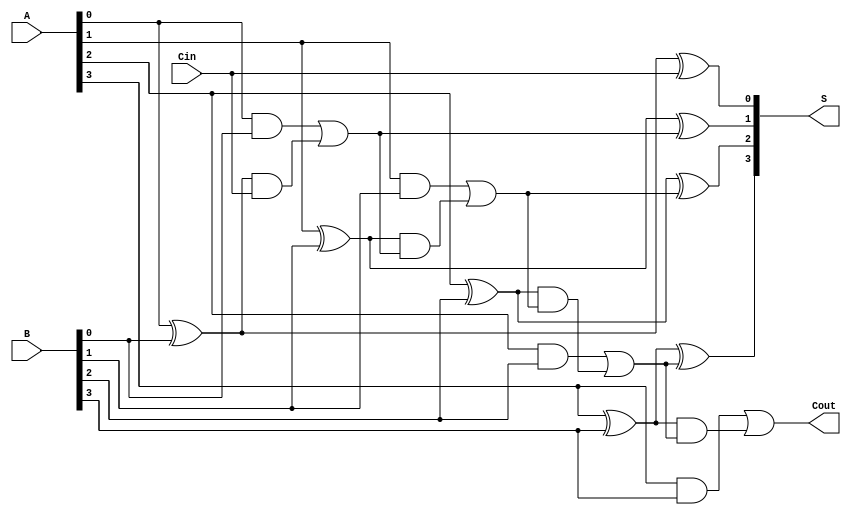
module RCLA #(parameter n = 4) (
    input  [n-1:0] A,      // n-bit input A
    input  [n-1:0] B,      // n-bit input B
    input          Cin,     // Carry-in
    output [n-1:0] S,      // n-bit Sum output
    output         Cout     // Carry-out
);

    // Generate and propagate signals
    wire [n-1:0] G;  // Generate signals
    wire [n-1:0] P;  // Propagate signals
    wire [n:0] C;    // Carry signals

    // Generate and propagate calculations
    genvar i;
    generate
        for (i = 0; i < n; i = i + 1) begin : gen_prop
            assign G[i] = A[i] & B[i];      // Gi = Ai AND Bi
            assign P[i] = A[i] ^ B[i];      // Pi = Ai XOR Bi
        end
    endgenerate

    // Carry calculations
    assign C[0] = Cin; // Initial carry input
    generate
        for (i = 0; i < n; i = i + 1) begin : carry_calc
            if (i == 0) begin
                assign C[1] = G[0] | (P[0] & C[0]); // C1
            end else begin
                assign C[i + 1] = G[i] | (P[i] & C[i]); // Ci+1
            end
        end
    endgenerate

    // Sum calculations
    generate
        for (i = 0; i < n; i = i + 1) begin : sum_calc
            assign S[i] = P[i] ^ C[i]; // Si = Ai XOR Bi XOR Ci
        end
    endgenerate

    // Final carry-out
    assign Cout = C[n]; // Carry-out from the most significant bit

endmodule